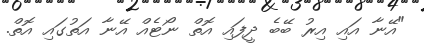
"އޭނާ އައި އިރު ބޭބެ ދީފައި އޮތް ނޯޓެއް އޭނާ އަތުގައި އޮތް.